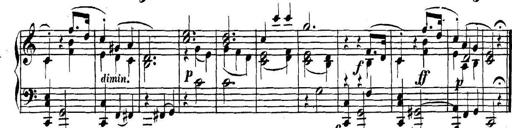
Title: Collected Piano Sonatas
Composer: Muzio Clementi